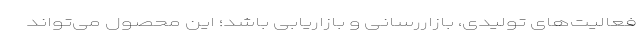
فعالیت‌های تولیدی، بازاررسانی و بازاریابی باشد؛ این محصول می‌تواند